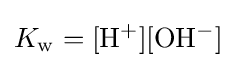
K_{\mathrm {w} }=\mathrm {[H^{+}][OH^{-}]}